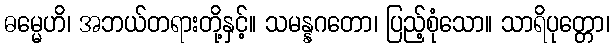
ဓမ္မေဟိ၊ အဘယ်တရားတို့နှင့်။ သမန္နဂတော၊ ပြည့်စုံသော။ သာရိပုတ္တော၊